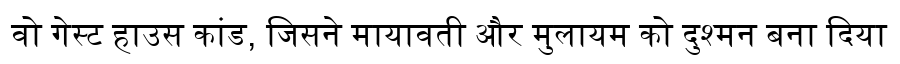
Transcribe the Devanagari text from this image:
वो गेस्ट हाउस कांड, जिसने मायावती और मुलायम को दुश्मन बना दिया